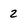
Character: Z